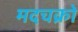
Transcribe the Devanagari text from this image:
मदचक्रो